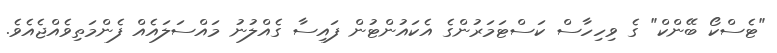
"ޓެސްކޯ ބޭންކް" ގެ ވިހިހާސް ކަސްޓަމަރުންގެ އެކައުންޓުން ފައިސާ ގެއްލުނު މައްސަލައެއް ފެންމަތިވެއްޖެއެވެ.